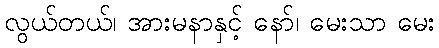
လွယ်တယ်၊ အားမနာနှင့် နော်၊ မေးသာ မေး